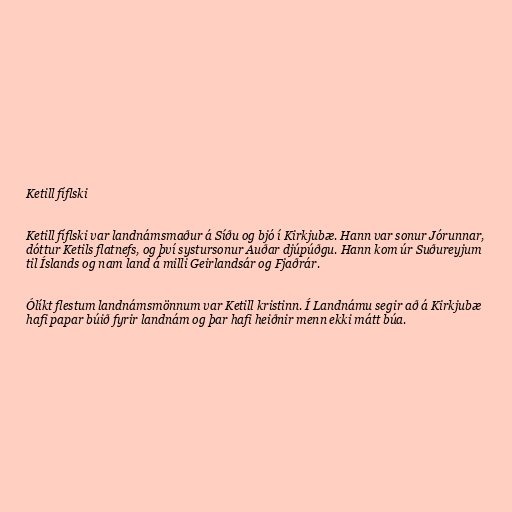
Ketill fíflski

Ketill fíflski var landnámsmaður á Síðu og bjó í Kirkjubæ. Hann var sonur Jórunnar,
dóttur Ketils flatnefs, og því systursonur Auðar djúpúðgu. Hann kom úr Suðureyjum
til Íslands og nam land á milli Geirlandsár og Fjaðrár.

Ólíkt flestum landnámsmönnum var Ketill kristinn. Í Landnámu segir að á Kirkjubæ
hafi papar búið fyrir landnám og þar hafi heiðnir menn ekki mátt búa.